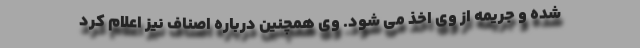
شده و جریمه از وی اخذ می شود. وی همچنین درباره اصناف نیز اعلام کرد